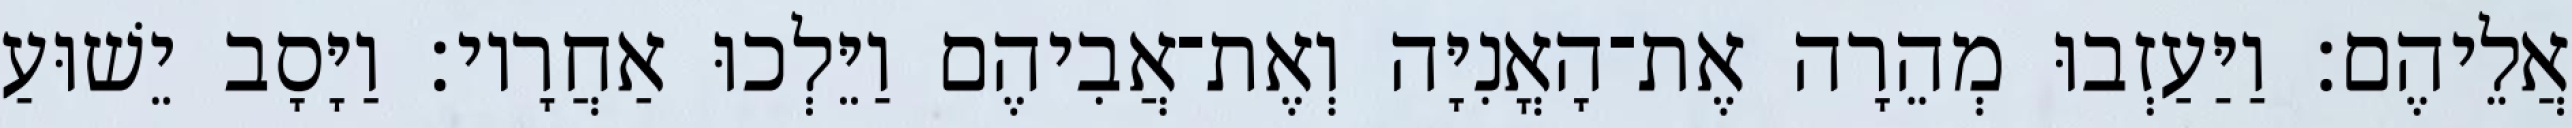
אֲלֵיהֶם׃ וַיַּעַזְבוּ מְהֵרָה אֶת־הָאֳנִיָּה וְאֶת־אֲבִיהֶם וַיֵּלְכוּ אַחֲרָיו׃ וַיָּסָב יֵשׁוּעַ